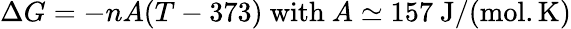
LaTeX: \Delta G=-nA(T-373)\ \mathrm{with}\ A\simeq 157\ \mathrm{J/(mol.K)}